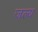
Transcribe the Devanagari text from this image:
जल्य